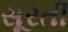
સૂરતી